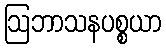
ဩဘာသနပစ္စယာ